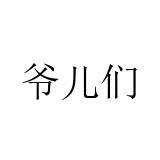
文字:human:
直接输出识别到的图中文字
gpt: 爷儿们